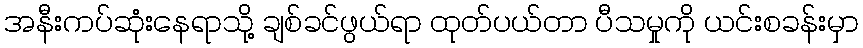
အနီးကပ်ဆုံးနေရာသို့ ချစ်ခင်ဖွယ်ရာ ထုတ်ပယ်တာ ပီသမှုကို ယင်းစခန်းမှာ